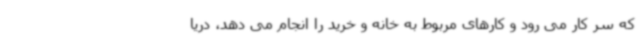
که سر کار می رود و کارهای مربوط به خانه و خرید را انجام می دهد، دریا